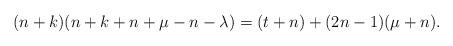
LaTeX: \begin{align*}(n+k)(n+k+n+\mu-n-\lambda)=(t+n)+(2n-1)(\mu+n).\end{align*}